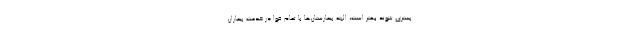
بستری شوند بهتر است، البته بیمارستان‌ها با تمام قوا در خدمت بیماران